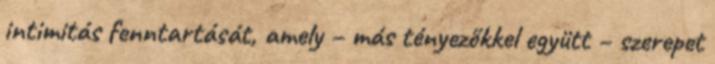
intimitás fenntartását, amely – más tényezőkkel együtt – szerepet